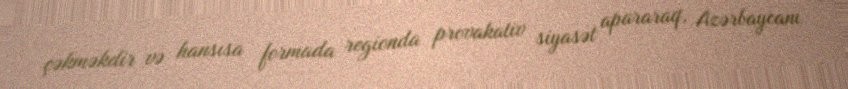
çəkməkdir və hansısa formada regionda provakativ siyasət apararaq, Azərbaycanı